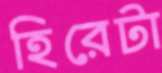
হিরেটা